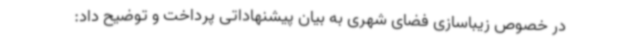
در خصوص زیباسازی فضای شهری به بیان پیشنهاداتی پرداخت و توضیح داد: